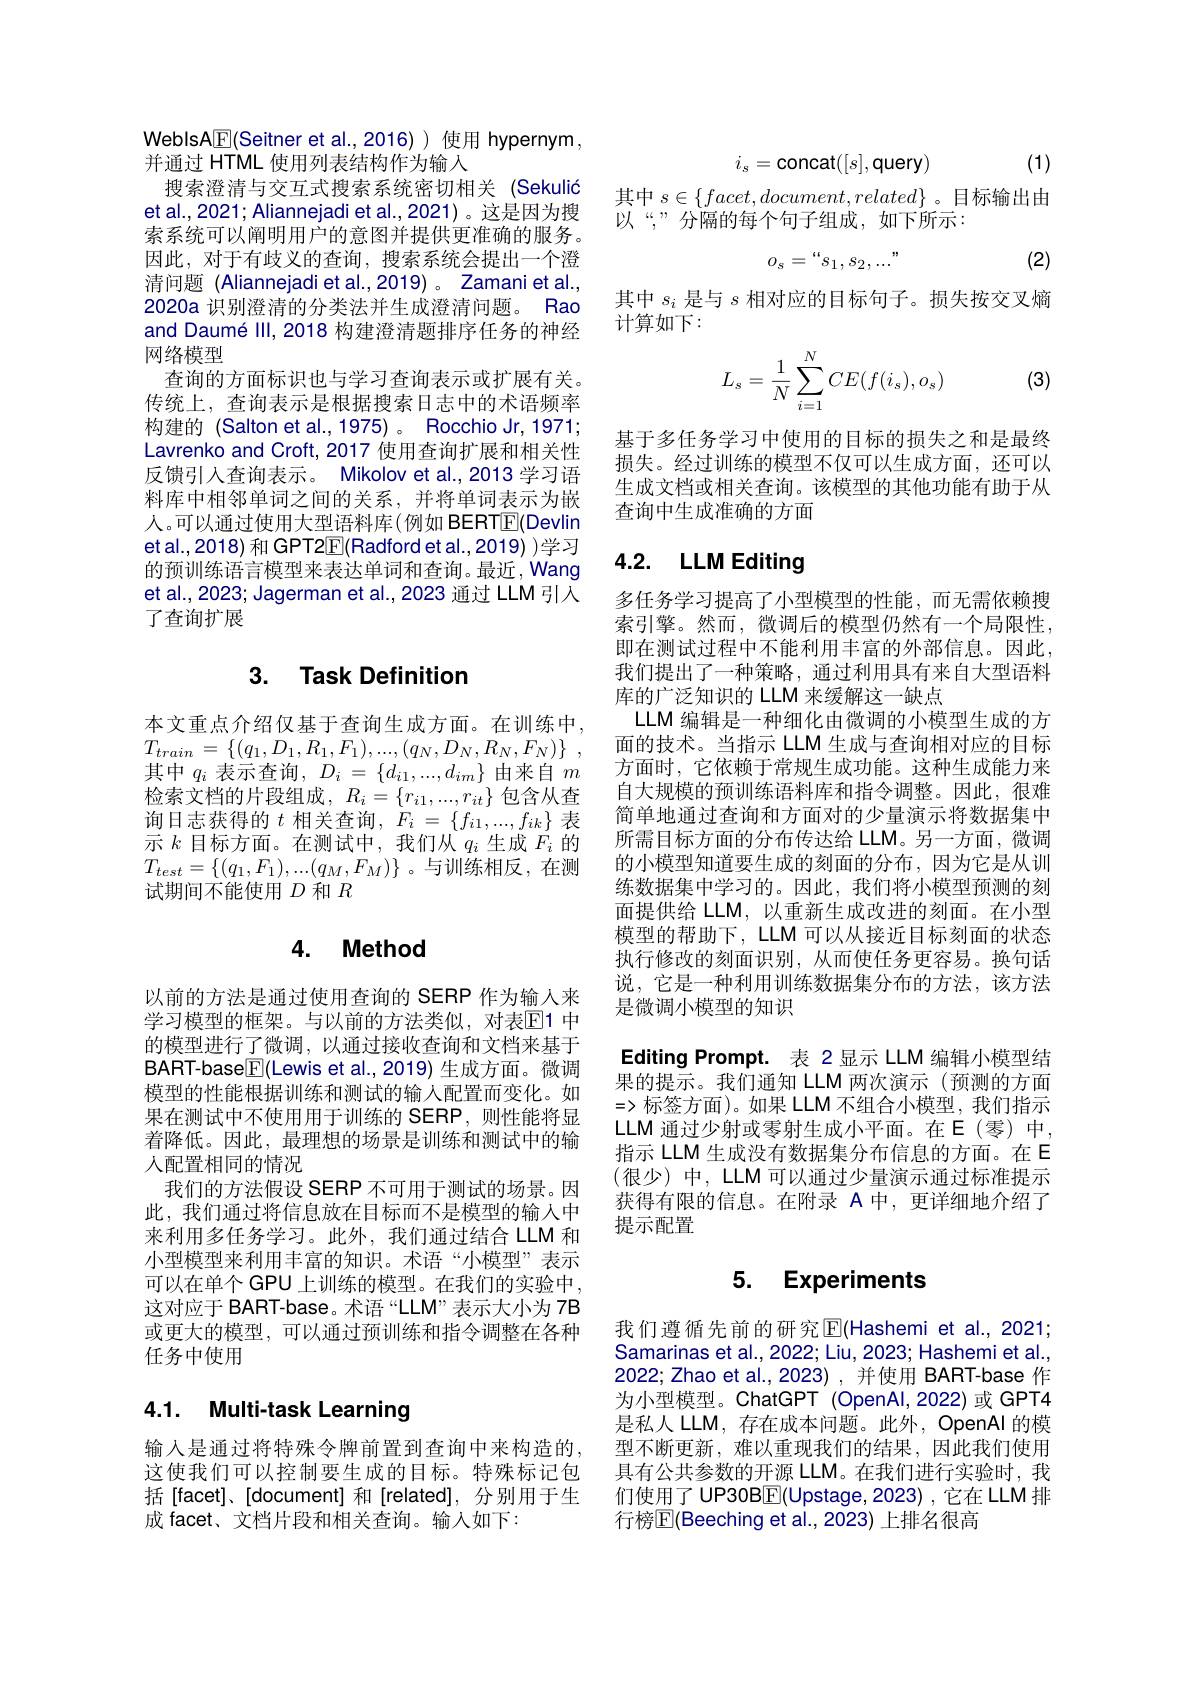
WeblsA$\boxed{\mathbb{F}}($Seitner et al.,2016))使用 hypernym,
并通过 HTML 使用列表结构作为输入
搜索澄清与交互式搜索系统密切相关 (Sekulić et al., 2021; Aliannejadi et al., 2021) 。这是因为搜索系统可以阐明用户的意图并提供更准确的服务。因此，对于有歧义的查询，搜索系统会提出一个澄清问题 (Aliannejadi et al.,2019) 。Zamani et al., 2020a 识别澄清的分类法并生成澄清问题。Rad and Daumé Ill, 2018 构建澄清题排序任务的神经网络模型
查询的方面标识也与学习查询表示或扩展有关， 传统上，查询表示是根据搜索日志中的术语频率构建的 (Salton et al.,1975)。Rocchio Jr, 1971; Lavrenko and Croft, 2017 使用查询扩展和相关性反馈引入查询表示。Mikolov et al.,2013 学习语料库中相邻单词之间的关系，并将单词表示为嵌人。可以通过使用大型语料库(例如 BERTE(Devlin etal.,2018) 和 GPT2$\boxed{\mathbb{F}}($Radford et al.,2019) )学习的预训练语言模型来表达单词和查询。最近，Wang et al., 2023; Jagerman et al., 2023 通过 LLM 引入了查询扩展

### 3. Task Definition

本文重点介绍仅基于查询生成方面。在训练中， $T_{train}= \{ ( q_{1}, D_{1}, R_{1}, F_{1}) , . . . , ( q_{N}, D_{N}, R_{N}, F_{N}) \}$ , 其中$q_i$表示查询$,D_i=\{d_i1,...,d_{im}\}$由来自$m$ 检索文档的片段组成，$R_i=\{r_{i1},...,r_{it}\}$包含从查示$k$目标方面。在测试中，我们从$q_i$生成$F_i$的$T_{test}=\{(q_1,F_1),...(q_M,F_M)\}$。与训练相反，在测试期间不能使用$D$和$R$

# 4. Method

以前的方法是通过使用查询的 SERP 作为输入来学习模型的框架。与以前的方法类似，对表$\mathbb{E}$1 中的模型进行了微调，以通过接收查询和文档来基于BART-base$\boxed{\mathrm{F}}($Lewis et al.,2019) 生成方面。微调模型的性能根据训练和测试的输入配置而变化。如果在测试中不使用用于训练的 SERP,则性能将显着降低。因此，最理想的场景是训练和测试中的输人配置相同的情况
我们的方法假设 SERP 不可用于测试的场景。因此，我们通过将信息放在目标而不是模型的输入中来利用多任务学习。此外，我们通过结合 LLM 和小型模型来利用丰富的知识。术语“小模型”表示可以在单个 GPU 上训练的模型。在我们的实验中， 这对应于 BART-base。术语“LLM”表示大小为 7B 或更大的模型，可以通过预训练和指令调整在各种任务中使用

# 4.1. Multi-task Learning

输入是通过将特殊令牌前置到查询中来构造的， 这使我们可以控制要生成的目标。特殊标记包括[facet]、[document] 和[related],分别用于生成 facet、文档片段和相关查询。输入如下：

(1)
$$i_s=\text{concat}([s],\text{query})$$
其中$s\in\{facet,document,related\}$ 。目标输出由
以“,”分隔的每个句子组成，如下所示：
$$o_s=“s_1,s_2,...”$$
(2)

其中$s_i$是与$s$相对应的目标句子。损失按交叉熵
计算如下：
$$L_s=\dfrac{1}{N}\sum_{i=1}^NCE(f(i_s),o_s)$$
(3)

基于多任务学习中使用的目标的损失之和是最终损失。经过训练的模型不仅可以生成方面，还可以生成文档或相关查询。该模型的其他功能有助于从查询中生成准确的方面

# 4.2. LLM Editing

多任务学习提高了小型模型的性能，而无需依赖搜索引擎。然而，微调后的模型仍然有一个局限性， 即在测试过程中不能利用丰富的外部信息。因此， 我们提出了一种策略，通过利用具有来自大型语料库的广泛知识的 LLM 来缓解这一缺点
LLM 编辑是一种细化由微调的小模型生成的方面的技术。当指示 LLM 生成与查询相对应的目标方面时，它依赖于常规生成功能。这种生成能力来自大规模的预训练语料库和指令调整。因此，很难简单地通过查询和方面对的少量演示将数据集中所需目标方面的分布传达给 LLM。另一方面，微调的小模型知道要生成的刻面的分布，因为它是从训练数据集中学习的。因此，我们将小模型预测的刻面提供给 LLM, 以重新生成改进的刻面。在小型模型的帮助下，LLM 可以从接近目标刻面的状态执行修改的刻面识别，从而使任务更容易。换句话说，它是一种利用训练数据集分布的方法，该方法是微调小模型的知识

Editing Prompt. 表 2显示 LLM 编辑小模型结果的提示。我们通知 LLM 两次演示 (预测的方面=>标签方面)。如果 LLM 不组合小模型，我们指示LLM 通过少射或零射生成小平面。在E(零)中， 指示 LLM 生成没有数据集分布信息的方面。在 E (很少)中，LLM可以通过少量演示通过标准提示获得有限的信息。在附录 A 中，更详细地介绍了提示配置

## 5. Experiments

我们遵循先前的研究$\overline{\mathrm{E}}($Hashemi et al.,2021; Samarinas et al., 2022; Liu, 2023; Hashemi et al., 2022; Zhao et al., 2023) , 并使用 BART-base 作为小型模型。ChatGPT (OpenAl,2022)或 GPT4是私人 LLM, 存在成本问题。此外，OpenAl 的模型不断更新，难以重现我们的结果，因此我们使用具有公共参数的开源 LLM。在我们进行实验时，我们使用了 UP30B$\boxed{\mathbb{F}}($Upstage,2023) ,它在 LLM 排行榜$\overline{\mathrm{E}}($Beeching et al.,2023) 上排名很高